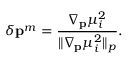
\delta \mathbf { { p } } ^ { m } = \frac { \nabla _ { \mathbf { p } } \mu _ { i } ^ { 2 } } { \| \nabla _ { \mathbf { p } } \mu _ { i } ^ { 2 } \| _ { p } } .